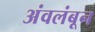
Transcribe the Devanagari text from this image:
अंवलंबून